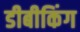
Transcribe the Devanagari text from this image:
डीबीकिंग